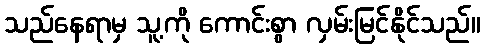
သည်နေရာမှ သူ့ကို ကောင်းစွာ လှမ်းမြင်နိုင်သည်။